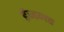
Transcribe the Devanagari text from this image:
ईजगत्त